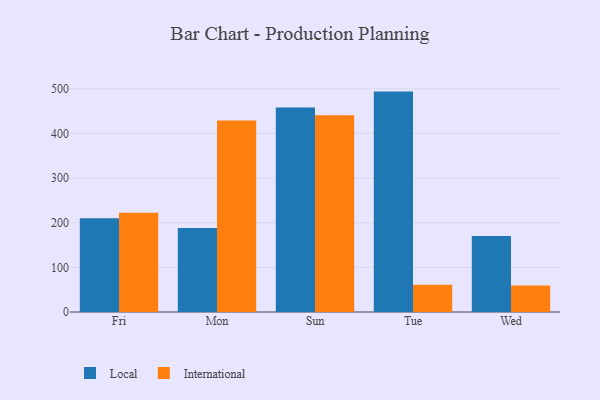
{"axis": {"x": "Day", "y": "Market Share (%)"}, "legend": ["International", "Local"], "data": [{"x": "Fri", "y": 209.8, "type": "Local"}, {"x": "Fri", "y": 222.4, "type": "International"}, {"x": "Mon", "y": 188.4, "type": "Local"}, {"x": "Mon", "y": 429.2, "type": "International"}, {"x": "Sun", "y": 458.1, "type": "Local"}, {"x": "Sun", "y": 440.9, "type": "International"}, {"x": "Tue", "y": 493.7, "type": "Local"}, {"x": "Tue", "y": 61.2, "type": "International"}, {"x": "Wed", "y": 170.0, "type": "Local"}, {"x": "Wed", "y": 59.1, "type": "International"}]}